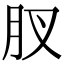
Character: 肞